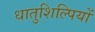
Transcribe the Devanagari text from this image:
धातुशिल्पियों